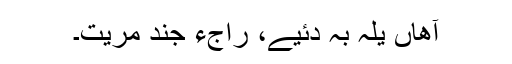
آھاں یلہ بہ دئیے، راجءِ جِند مِریت۔